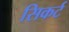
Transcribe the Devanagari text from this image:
सिकर्ट